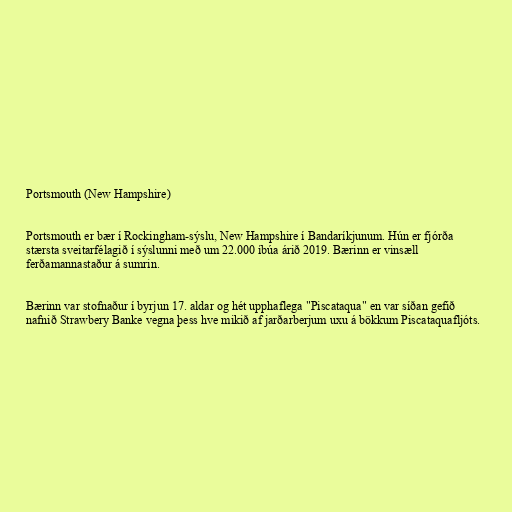
Portsmouth (New Hampshire)

Portsmouth er bær í Rockingham-sýslu, New Hampshire í Bandaríkjunum. Hún er fjórða
stærsta sveitarfélagið í sýslunni með um 22.000 íbúa árið 2019. Bærinn er vinsæll
ferðamannastaður á sumrin.

Bærinn var stofnaður í byrjun 17. aldar og hét upphaflega "Piscataqua" en var síðan gefið
nafnið Strawbery Banke vegna þess hve mikið af jarðarberjum uxu á bökkum Piscataquafljóts.